Vaccination in Bombay 1902-1912 - 1902-1912
Year: 1902
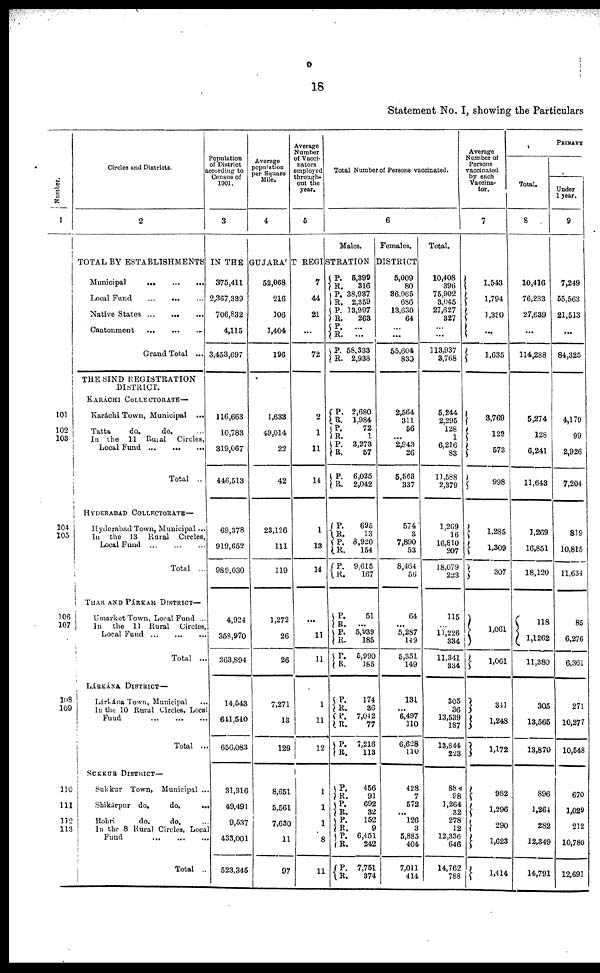
18
Statement No. I, showing the Particulars
Number.
1
101
102
103
104
105
106
107
108
109
110
111
112
113
Circles and Districts.
2
Population
of District
according to
Census of
1901.
3
Average
population
per Square
Mile.
4
Average
Number
of Vacci¬
nators
employed
through-
out the
year.
5
Total Number of Persons vaccinated.
6
Males.
Females.
TOTAL BY ESTABLISHMENTS IN THE GUJARÁT REGISTRATION DISTRICT
Municipal
...
...
...
Local Fund
...
...
...
Native States
...
...
...
Cantonment
... ... ...
Grand Total ...
THE SIND REGISTRATION
DISTRICT.
KARÁCHI COLLECTORATE—
Karáchi Town, Municipal ...
Tatta
do.
do. ...
In the 11 Rural Circle,
Local Fund ... ... ...
Total ...
HYDERABAD COLLECTORATE—
Hyderabad Town, Municipal ...
In the 13 Rural Circles,
Local Fund ... ... ...
Total ...
THAR AND PÁRKAR DISTRICT—
Umarkot Town, Local Fund ...
In the 11 Rural Circle,
Local Fund ... ... ...
Total ...
LÁRKÁNA DISTRICT—
Lárkána Town, Municipal ...
In the 10 Rural Circle, Local
Fund
...
...
...
Total ...
SUKKUR DISTRICT—
Sukkur Town, Municipal ...
Shikárpur do.
do.
...
Rohri
do.
do.
...
In the 8 Rural Circles, Local
Fund
...
...
...
Total ..
375,411
2,367,339
706,832
4,115
3,453,697
116,663
10,783
319,067
446,513
69,378
919,652
989,030
4,924
358,970
363,894
14,543
641,540
656,083
31,316
49,491
9,537
433,001
523,345
52,068
216
106
1,404
196
1,638
49,014
22
42
23,126
111
119
1,272
26
26
7,271
13
129
8,651
5,561
7,630
11
97
7
44
21
...
72
2
1
11
14
1
13
14
...
11
11
1
11
12
1
1
1
8
11
P.
R. P.
R. P.
R.
P.
R.
P.
R.
5,399
316
38,937
2,359
13,997
263
...
...
58,333
2,938
P.
R.
P.
R.
P.
R.
P.
R.
2,680
1,984
72
1
3,273
57
6,025
2,042
P.
R.
P.
R.
P.
R.
695
13
8,920
154
9,615
167
P.
R.
P.
R.
P.
R.
51
...
5,939
185
5,990
185
P.
R.
P.
R.
P.
R.
174
36
7,042
77
7,216
113
P.
R.
P.
R.
P.
R.
P.
R.
P.
R.
456
91
692
32
152
9
6,451
242
7,751
374
5,009
80
86,965
686
13,630
64
...
...
55,604
830
2,564
311
56
...
2,943
26
5,563
337
574
3
7,890
53
8,464
56
64
...
5,287
149
5,351
149
131
...
6,497
110
6,628
110
428
7
572
... 126
3
5,885
404
7,011
414
Total.
10,408
396
75,902
3,045
27,627
327
...
...
113,937
3,768
5,244
2,295
128
1
6,216
83
11,588
2,379
1,269
16
16,810
207
18,079
223
115
...
11,226
334
11,341
334
305
36
13,539
187
13,844
223
884
98
1,264
32
278
12
12,336
646
14,762
788
Average
Number of
Persons
vaccinated
by each
Vaccina¬
tor.
7
1,543
1,794
1,330
...
1,635
3,769
129
573
998
1,285
1,309
307
1,061
1,061
341
1,248
1,172
982
1,296
290
1,623
1,414
PRIMARY
Total.
8
10,416
76,233
27,639
...
114,288
5,274
128
6,241
11,643
1,269
16,851
18,120
118
1,1262
11,380
305
13,565
13,870
896
1,264
282
12,349
14,791
Under
1 year.
9
7,249
55,563
21,513
...
84,325
4,179
99
2,926
7,204
819
10,815
11,634
85
6,276
6,361
271
10,277
10,548
670
1,029
212
10,780
12,691